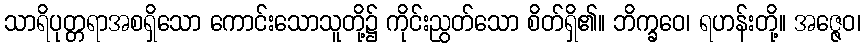
သာရိပုတ္တရာအစရှိသော ကောင်းသောသူတို့၌ ကိုင်းညွတ်သော စိတ်ရှိ၏။ ဘိက္ခဝေ၊ ရဟန်းတို့။ အဇ္ဇေဝ၊